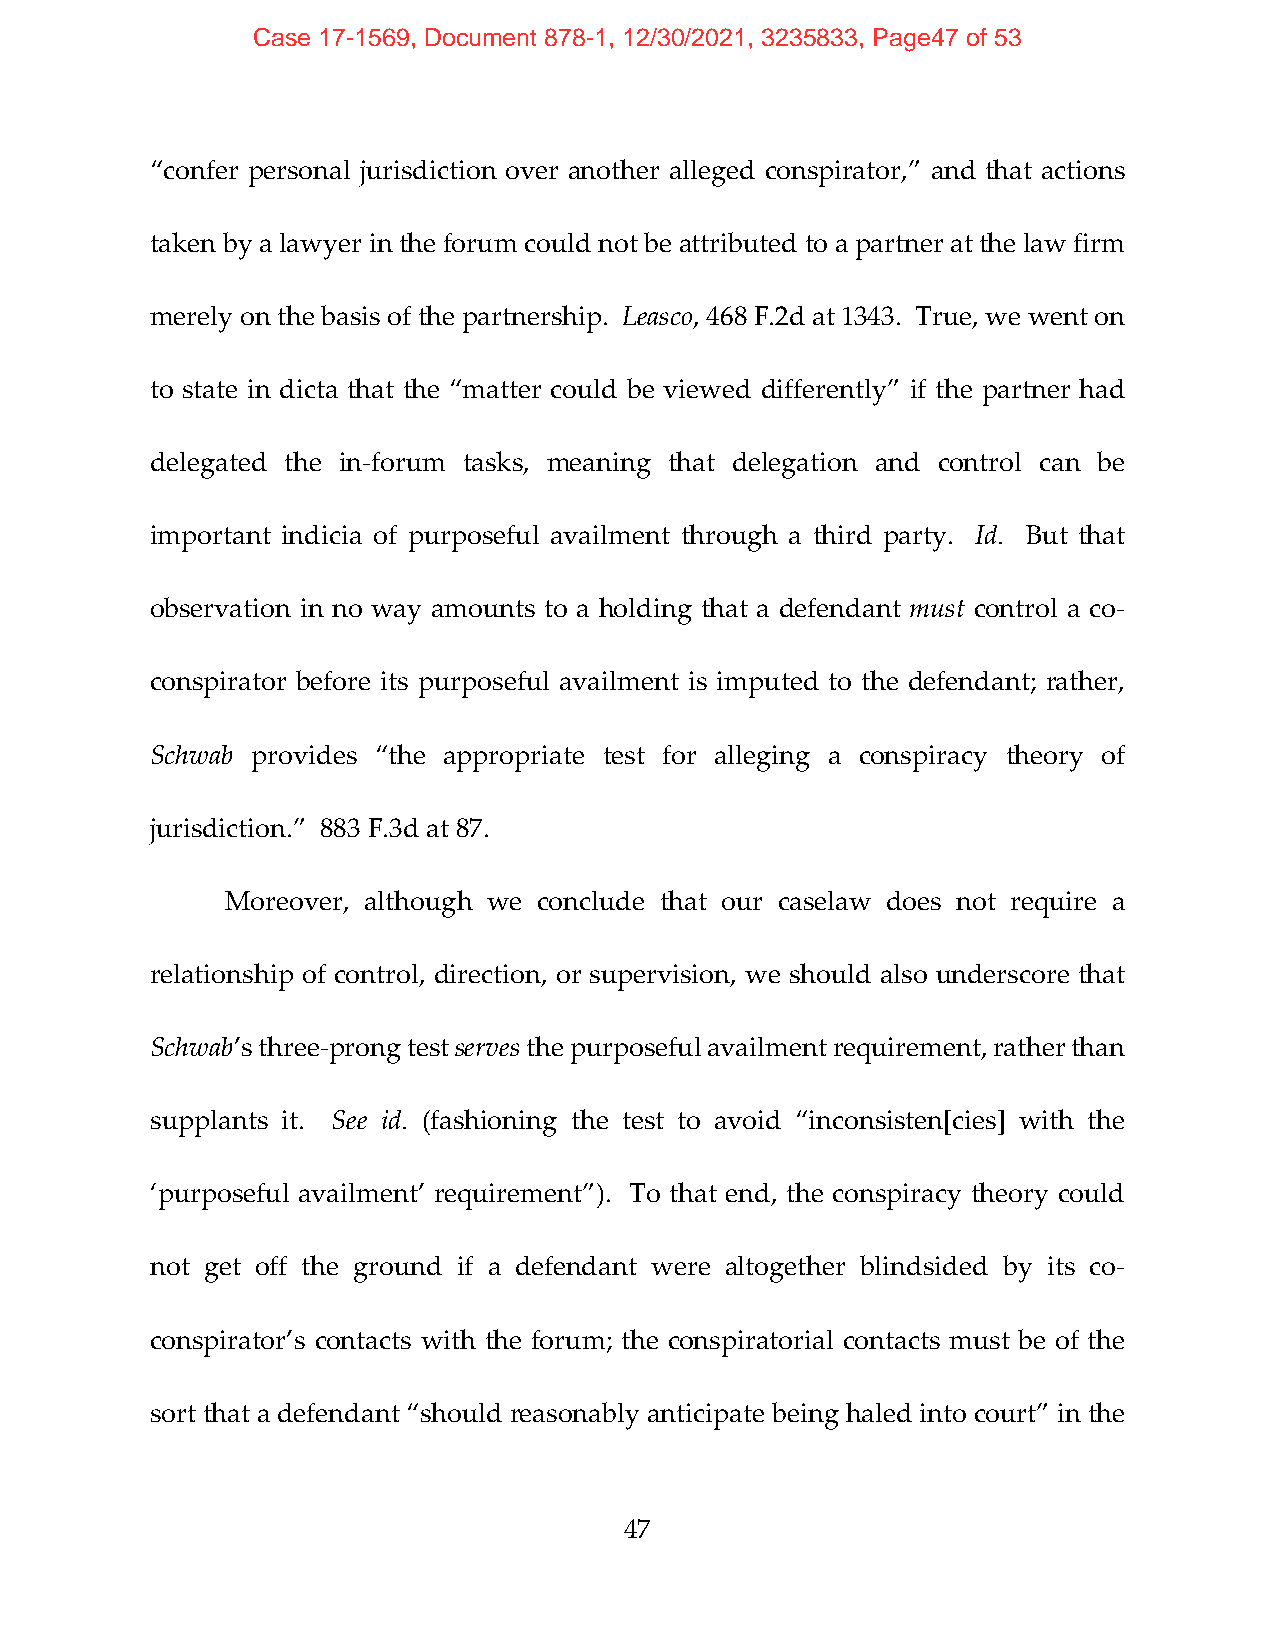
Case 17-1569, Document 878-1, 12/30/2021, 3235833, Page47 of 53
 “confer personal jurisdiction over another alleged conspirator,” and that actions
 taken by a lawyer in the forum could not be attributed to a partner at the law firm
 merely on the basis of the partnership. Leasco, 468 F.2d at 1343. True, we went on
 to state in dicta that the “matter could be viewed differently” if the partner had
 delegated the in‐forum tasks, meaning that delegation and control can be
 important indicia of purposeful availment through a third party. Id. But that
 observation in no way amounts to a holding that a defendant must control a co‐
 conspirator before its purposeful availment is imputed to the defendant; rather,
 Schwab provides “the appropriate test for alleging a conspiracy theory of
 jurisdiction.” 883 F.3d at 87.
 Moreover, although we conclude that our caselaw does not require a
 relationship of control, direction, or supervision, we should also underscore that
 Schwab’s three‐prong test serves the purposeful availment requirement, rather than
 supplants it. See id. (fashioning the test to avoid “inconsisten[cies] with the
 ‘purposeful availment’ requirement”). To that end, the conspiracy theory could
 not get off the ground if a defendant were altogether blindsided by its co‐
 conspirator’s contacts with the forum; the conspiratorial contacts must be of the
 sort that a defendant “should reasonably anticipate being haled into court” in the
 47